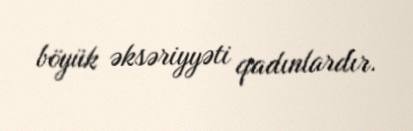
böyük əksəriyyəti qadınlardır.